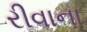
રીવાના